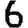
Digit: 6